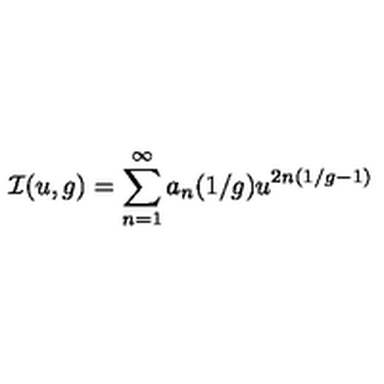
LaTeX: { \cal I } ( u , g ) = \sum _ { n = 1 } ^ { \infty } a _ { n } ( 1 / g ) u ^ { 2 n ( 1 / g - 1 ) }